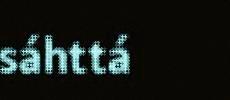
sáhttá